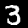
Digit: 3